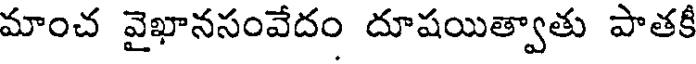
మాంచ వైఖానసంవేదం దూషయిత్వాతు పాతకీ